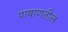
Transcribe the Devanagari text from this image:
पाषाणतील